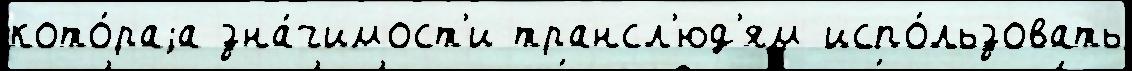
кото́раjа зна́чимост'и трансл'юд'ям испо́льзовать